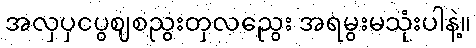
အလှပှငပွဈစညွးတှလညွေး အရမွးမသုံးပါနဲ့။